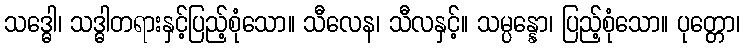
သဒ္ဓေါ၊ သဒ္ဓါတရားနှင့်ပြည့်စုံသော။ သီလေန၊ သီလနှင့်။ သမ္ပန္နော၊ ပြည့်စုံသော။ ပုတ္တော၊